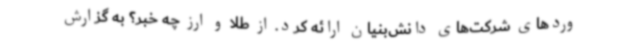
وردهای شرکت‌های دانش‌بنیان ارائه کرد. از طلا و ارز چه خبر؟ به گزارش